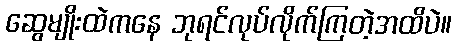
ဆွေမျိုးထဲကနေ ဘုရင်လုပ်လိုက်ကြတဲ့အထိပဲ။